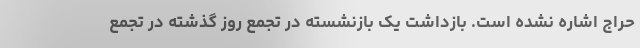
حراج اشاره نشده است. بازداشت یک بازنشسته در تجمع روز گذشته در تجمع